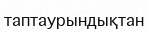
таптаурындықтан